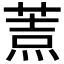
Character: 𦷓